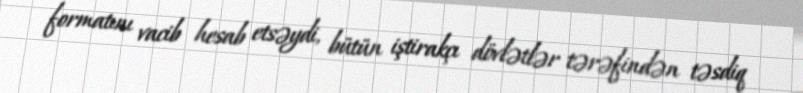
formatını vacib hesab etsəydi, bütün iştirakçı dövlətlər tərəfindən təsdiq